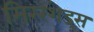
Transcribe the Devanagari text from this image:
मिररशेड्स